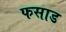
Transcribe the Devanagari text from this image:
फसाड